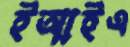
ইআইএ